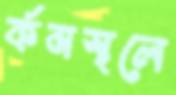
র্কমস্থলে